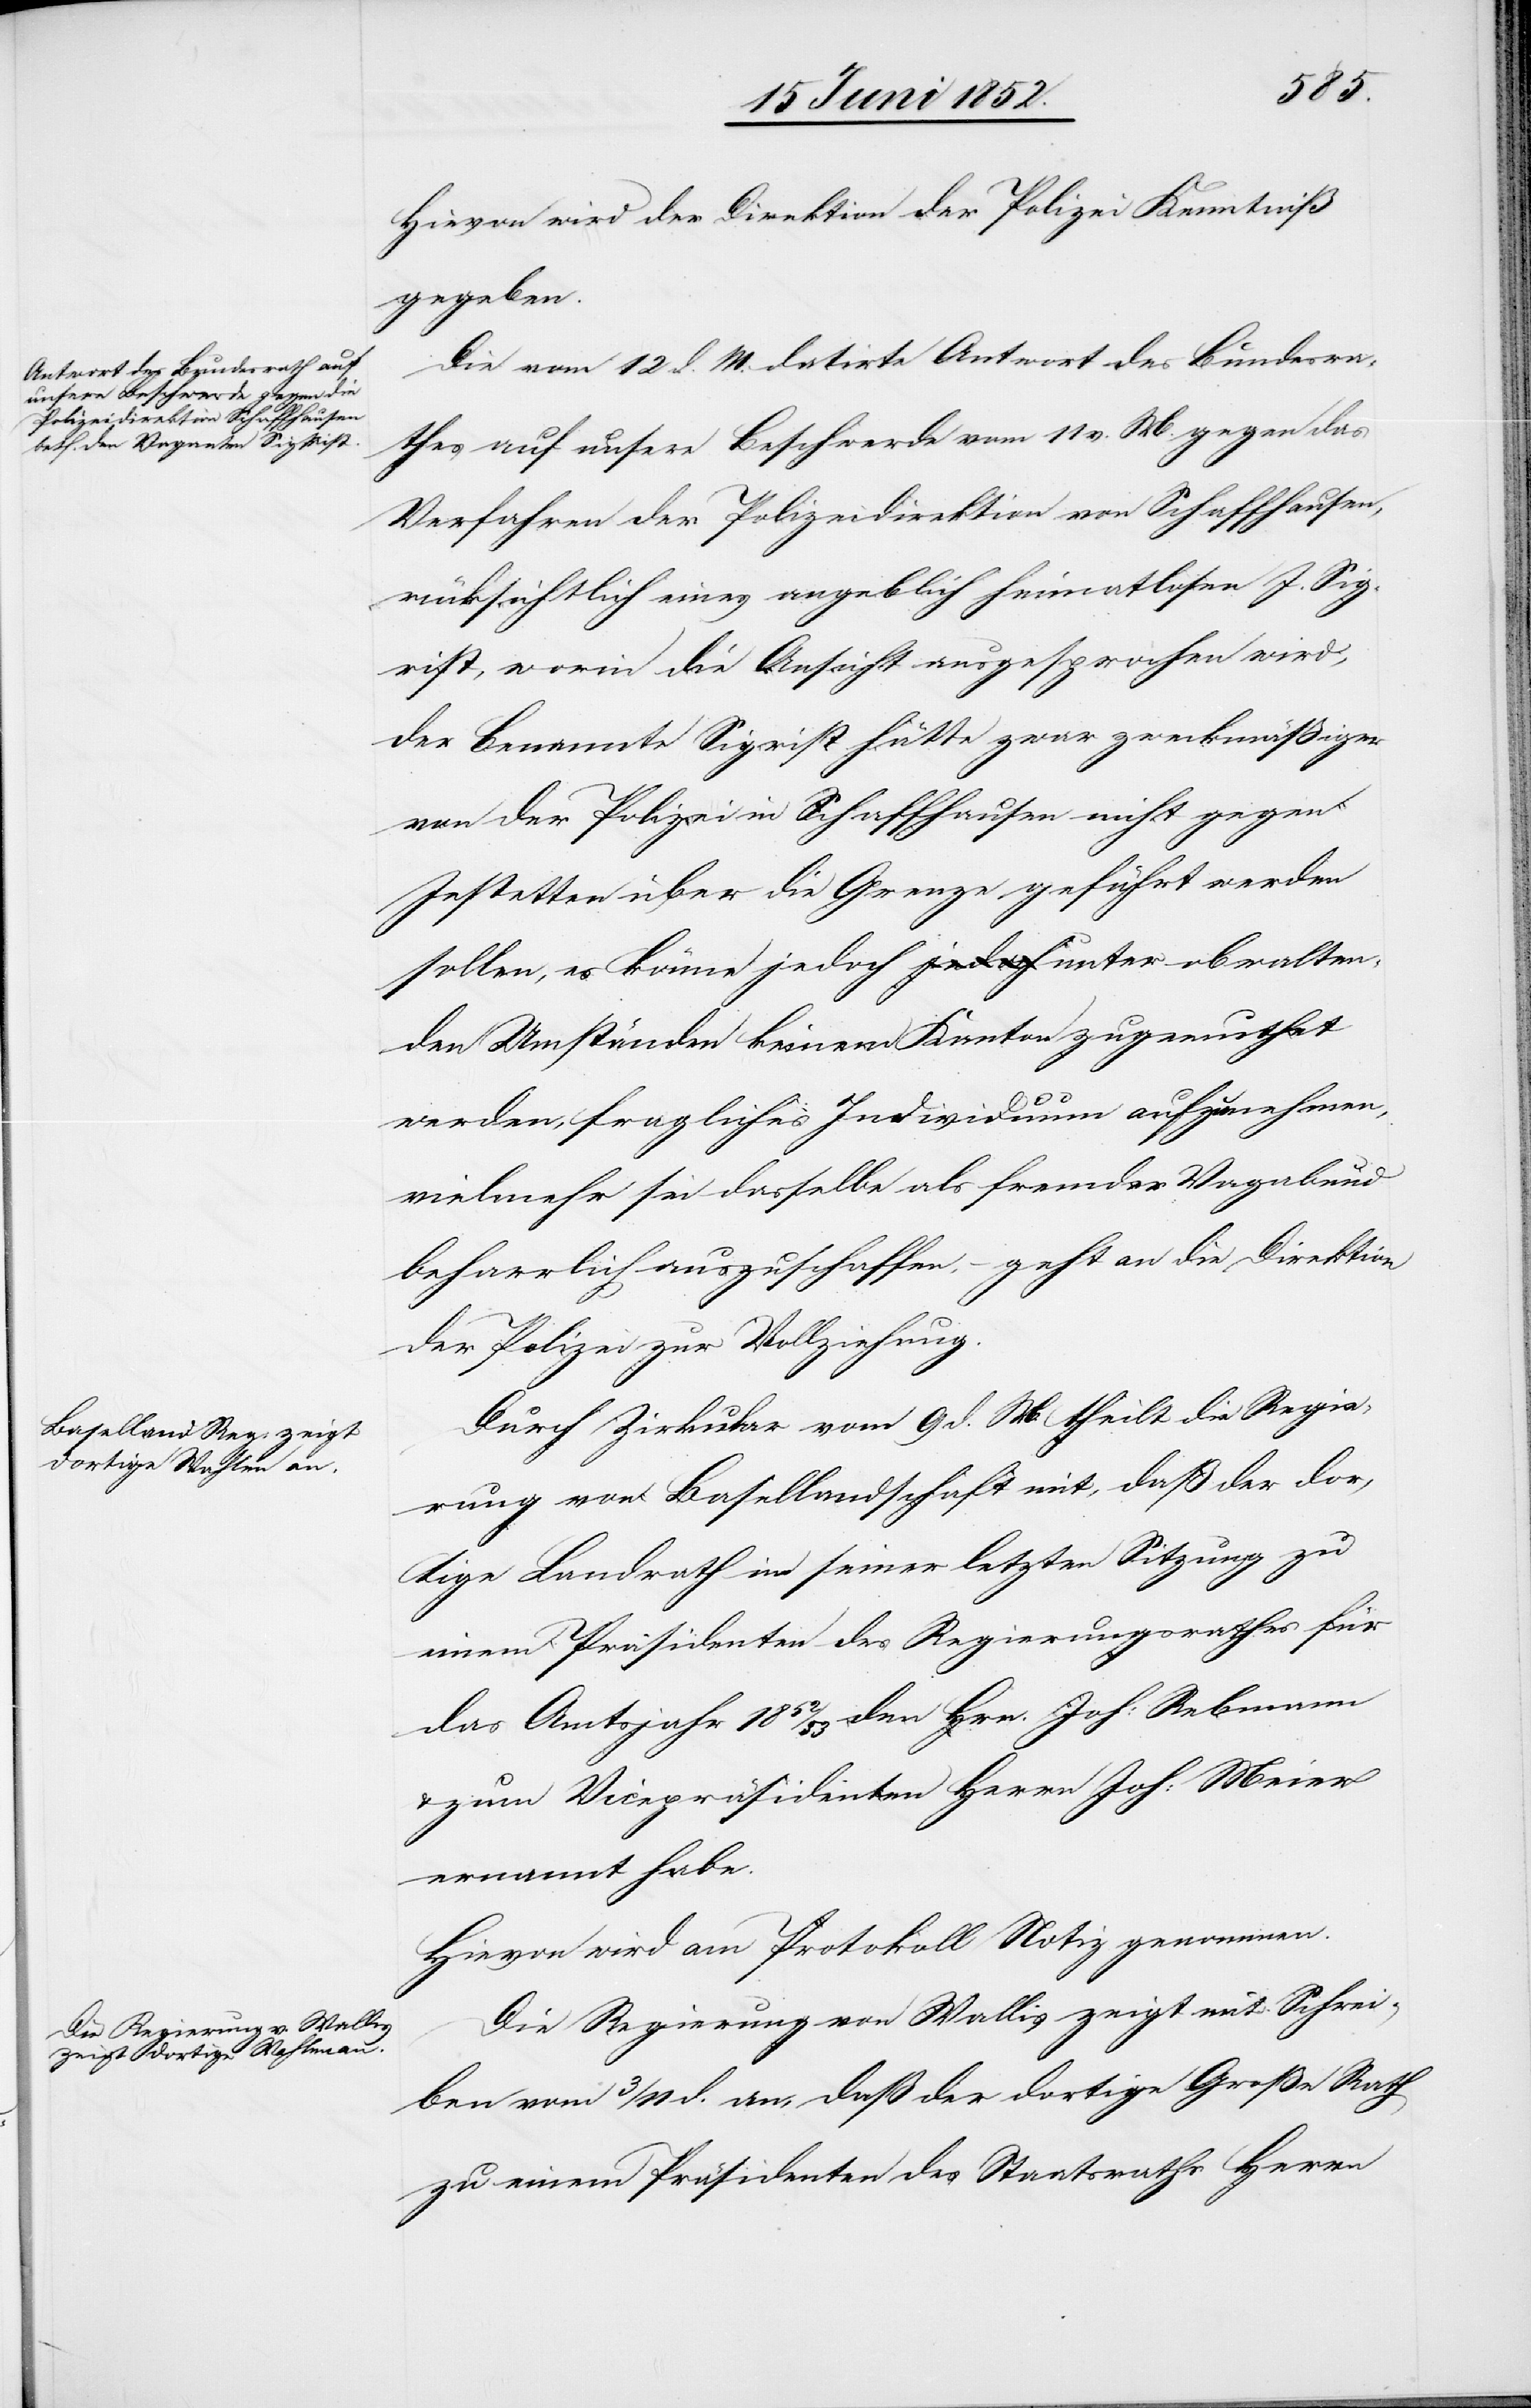
Hievon wird der Direktion der Polizei Kenntniß
gegeben.
Die vom 12 d. M. datirte Antwort des Bundesra¬
thes auf unsere Beschwerde vom 11 v. M. gegen das
Verfahren der Polizeidirektion von Schaffhausen,
rücksichtlich eines angeblich heimatlosen J. Sig¬
rist, worin die Ansicht ausgesprochen wird,
der benannte Sigrist hätte zwar zweckmäßiger
von der Polizei in Schaffhausen nicht gegen
Jestetten über die Grenze geführt werden
sollen, es könne jedoch unter obwalten¬
den Umständen keinem Kanton zugemuthet
werden, fragliches Individuum aufzunehmen,
vielmehr sei dasselbe als fremder Vagabund
beharrlich auszuschaffen, – geht an die Direktion
der Polizei zur Vollziehung.
Durch Zirkular vom 9 d. M. theilt die Regie¬
rung von Basellandschaft mit, daß der dor¬
tige Landrath in seiner letzten Sitzung zu
einem Präsidenten des Regierungsrathes für
das Amtsjahr 1852/53 den Hrn. Joh: Rebmann
zum Vicepräsidenten Herrn Joh: Meier
ernannt habe.
Hievon wird am Protokoll Notiz genommen.
Die Regierung von Wallis zeigt mit Schrei¬
ben vom 3 / 11 d. an, daß der dortige Große Rath
zu einem Präsidenten des Staatsraths Herrn